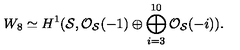
W _ { 8 } \simeq H ^ { 1 } ( { \cal S } , { \cal O } _ { \cal S } ( - 1 ) \oplus \bigoplus _ { i = 3 } ^ { 1 0 } { \cal O } _ { \cal S } ( - i ) ) .